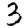
Digit: 3